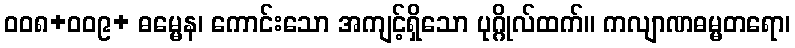
ဝဝ၈+ဝဝ၉+ ဓမ္မေန၊ ကောင်းသော အကျင့်ရှိသော ပုဂ္ဂိုလ်ထက်။ ကလျာဏဓမ္မတရော၊